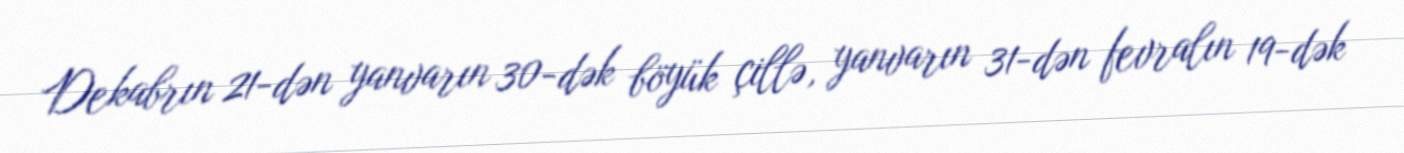
Dekabrın 21-dən yanvarın 30-dək böyük çillə, yanvarın 31-dən fevralın 19-dək